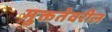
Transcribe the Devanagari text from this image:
मुक्ततेवरील